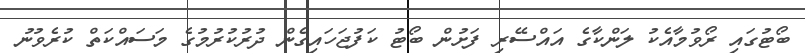
ބޯޓުގައި ރޯވުމާއެކު ލަންކާގެ އައްސޭރި ފަށުން ބޯޓު ކަފުޖަހައިގެން ދުރުކުރުމުގެ މަސައްކަތް ކުރެވުނު